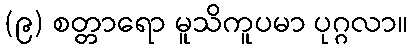
(၉) စတ္တာရော မူသိကူပမာ ပုဂ္ဂလာ။